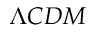
\Lambda C D M